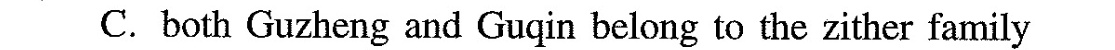
C.both Guzheng and Guqin belong to the zither family